Dysentery and liver abscess in Bombay - Number 47
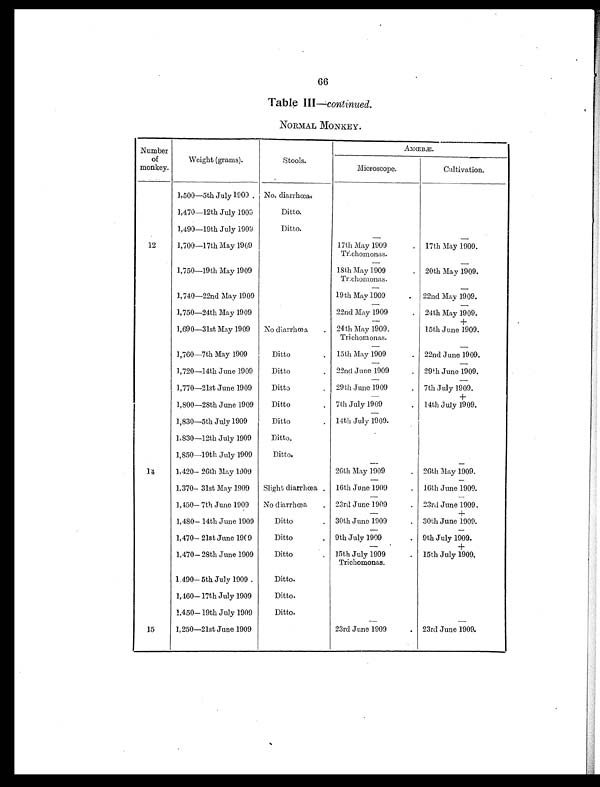
66
Table III —continued.
NORMAL MONKEY.
Number
of
monkey.
Weight (grams).
Stools.
AMŒBÆ.
Microscope.
Cultivation.
1,500—5th July 1909 . No. diarrhœa.
1,470—12th July 1909
Ditto.
1,490—19th July 1909
Ditto.
—
—
12
1,700—17th May 1909
17th May 1909
Trichomonas.
. 17th May 1909.
—
—
1,750—19th May 1909
18th May 1909
Trichomonas.
. 20th May 1909.
—
—
1,740—22nd May 1909
19th May 1909
—
.
22nd May 1909.
—
1,750—24th May 1909
22nd May 1909
. 24th May 1909.
—
+
1,690—31st May 1909
No diarrhœa
. 24th May 1909.
Trichomonas.
15th June 1909.
—
—
1,760—7th May 1909
Ditto
. 15th May 1909
. 22nd June 1909.
1,720—14th June 1909
Ditto
. 22nd June 1909
. 29th June 1909.
1,770—21st June 1909
Ditto
. 29th June 1909
. 7th July 1909.
—
+
1,800—28th June 1909
Ditto
. 7th July 1909
. 14th July 1909.
1,830—5th July 1909
Ditto
. 14th July 1909.
1,830—12th July 1909
Ditto.
1,850—19th July 1909
Ditto.
— —
14
1,420— 26th May 1909
26th May 1909 —
. 26th May 1909.
—
1,370— 31st May 1909
Slight diarrhœa . 16th June 1909 —
. 16th June 1909.
—
1,450— 7th June 1909
No diarrhœa
. 23rd June 1909
. 23rd June 1909.
—
+
1,480— 14th June 1909
Ditto
. 30th June 1909 —
. 30th June 1909.
—
1,470— 21st June 1909
Ditto
. 9th July 1909
. 9th July 1909.
—
+
1,470— 28th June 1909
Ditto
. 15th July 1909
Trichomonas.
. 15th July 1909.
1,490— 5th July 1909 .
Ditto.
1,460— 17th July 1909
Ditto.
1,450— 19th July 1909
Ditto.
—
—
15
1,250—21st June 1909
23rd June 1909
. 23rd June 1909.